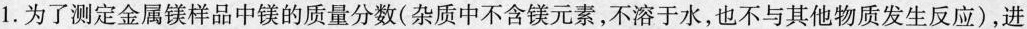
1.为了测定金属镁样品中镁的质量分数(杂质中不含镁元素，不溶于水，也不与其他物质发生反应)，进